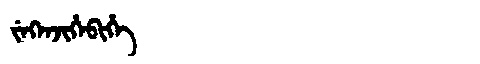
Manchu: ᠵᡝᡴᡝᠨᠵᡳᡥᡝᠪᡳᡥᡝ
Romanization: JEKENJIHEBIHE